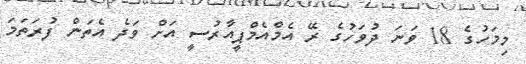
މިމަހުގެ 18 ވަނަ ދުވަހުގެ ރޭ އެމްއެމްޕީއާރުސީ އަށް ވަދެ އެތަން ފުރަތަމަ